Civil Veterinary Department. Central Provinces & Berar 1925-31 - 1925-1931
Year: 1925
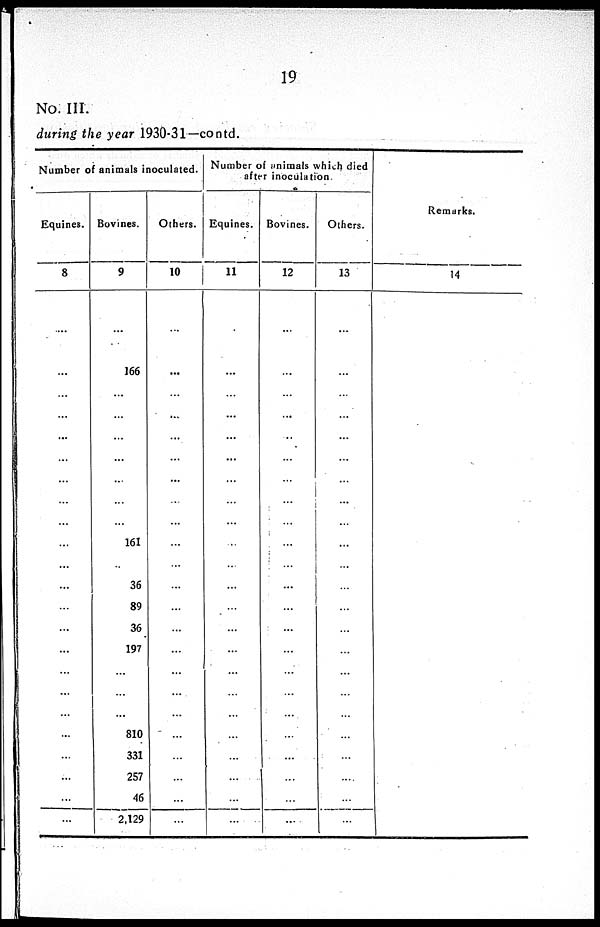
19
No. III.
during the year 1930-31—contd.
Number of animals inoculated.
Equines.
8
...
...
...
...
...
...
...
...
...
...
...
...
...
...
...
...
...
...
...
...
...
...
...
Bovines.
9
...
166
...
...
...
...
...
...
...
161
...
36
89
36
197
...
...
...
810
331
257
46
2,129
Others.
10
...
...
...
...
...
...
...
...
...
...
...
...
...
...
...
...
...
...
...
...
...
...
...
Number of animals which died
after inoculation
Equines.
11
...
...
...
...
...
...
...
...
...
...
...
...
...
...
...
...
...
...
...
...
...
...
...
Bovines.
12
...
...
...
...
...
...
...
...
...
...
...
...
...
...
...
...
...
...
...
...
...
...
...
Others.
13
...
...
...
...
...
...
...
...
...
...
...
...
...
...
...
...
...
...
...
...
...
...
...
Remarks.
14